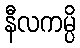
နီလကမ္ပိ